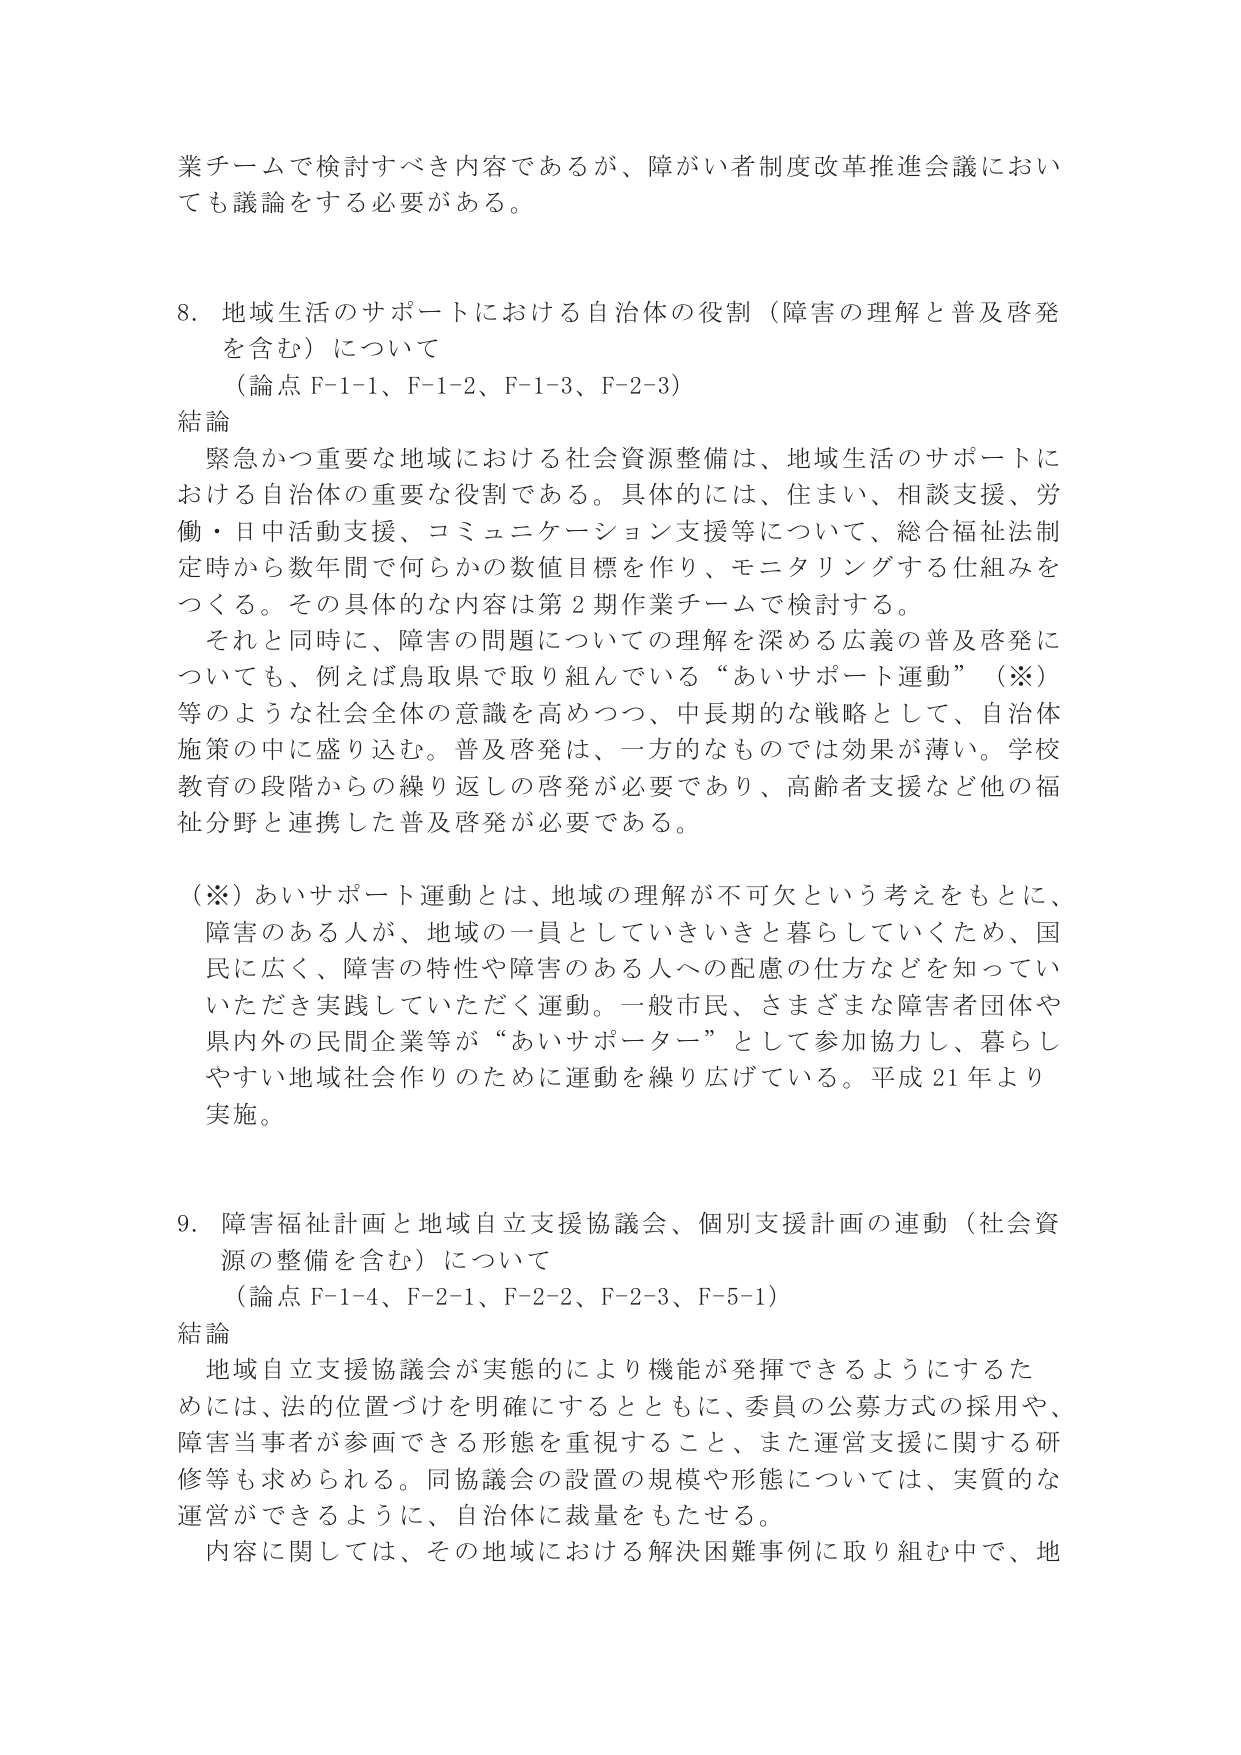
業チームで検討すべき内容であるが、障がい者制度改革推進会議においても議論をする必要がある。

8. 地域生活のサポートにおける自治体の役割（障害の理解と普及啓発を含む）について
（論点 F-1-1、F-1-2、F-1-3、F-2-3）
結論
緊急かつ重要な地域における社会資源整備は、地域生活のサポートにおける自治体の重要な役割である。具体的には、住まい、相談支援、労働・日中活動支援、コミュニケーション支援等について、総合福祉法制定時から数年間で何らかの数値目標を作り、モニタリングする仕組みをつくる。その具体的な内容は第2期作業チームで検討する。
それと同時に、障害の問題についての理解を深める広義の普及啓発についても、例えば鳥取県で取り組んでいる“あいサポート運動”（※）等のような社会全体の意識を高めつつ、中長期的な戦略として、自治体施策の中に盛り込む。普及啓発は、一方的なものでは効果が薄い。学校教育の段階からの繰り返しの啓発が必要であり、高齢者支援など他の福祉分野と連携した普及啓発が必要である。

（※）あいサポート運動とは、地域の理解が不可欠という考えをもとに、障害のある人が、地域の一員としていきいきと暮らしていくため、国民に広く、障害の特性や障害のある人への配慮の仕方などを知っていただき実践していただく運動。一般市民、さまざまな障害者団体や県内外の民間企業等が“あいサポーター”として参加協力し、暮らしやすい地域社会作りのために運動を繰り広げている。平成21年より実施。

9. 障害福祉計画と地域自立支援協議会、個別支援計画の連動（社会資源の整備を含む）について
（論点 F-1-4、F-2-1、F-2-2、F-2-3、F-5-1）
結論
地域自立支援協議会が実態的により機能が発揮できるようにするためには、法的位置づけを明確にするとともに、委員の公募方式の採用や、障害当事者が参画できる形態を重視すること、また運営支援に関する研修等も求められる。同協議会の設置の規模や形態については、実質的な運営ができるように、自治体に裁量をもたせる。
内容に関しては、その地域における解決困難事例に取り組む中で、地